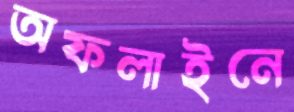
অফলাইনে